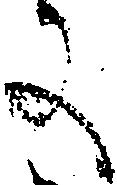
に